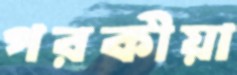
পরকীয়া